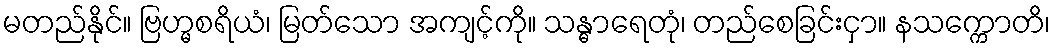
မတည်နိုင်။ ဗြဟ္မစရိယံ၊ မြတ်သော အကျင့်ကို။ သန္ဓာရေတုံ၊ တည်စေခြင်းငှာ။ နသက္ကောတိ၊